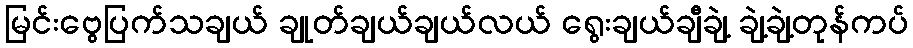
မြင်းဗွေပြက်သချယ် ချုတ်ချယ်ချယ်လယ် ရွေးချယ်ချီချဲ့ ချဲ့ချဲ့တုန်ကပ်